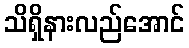
သိရှိနားလည်အောင်